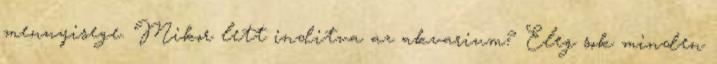
mennyisege. Mikor lett inditva az akvarium? Eleg sok minden